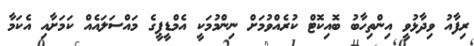
ރިފާއު ވިދާޅުވީ އިންތިހާބު ބޮއިކޮޓް ކުރެއްވުމަށް ނިންމުމަކީ އެމްޑީޕީގެ މައްސަލައެއް ކަމަށާއި އެކަމާ